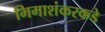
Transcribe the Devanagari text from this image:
भिमाशंकरकडे